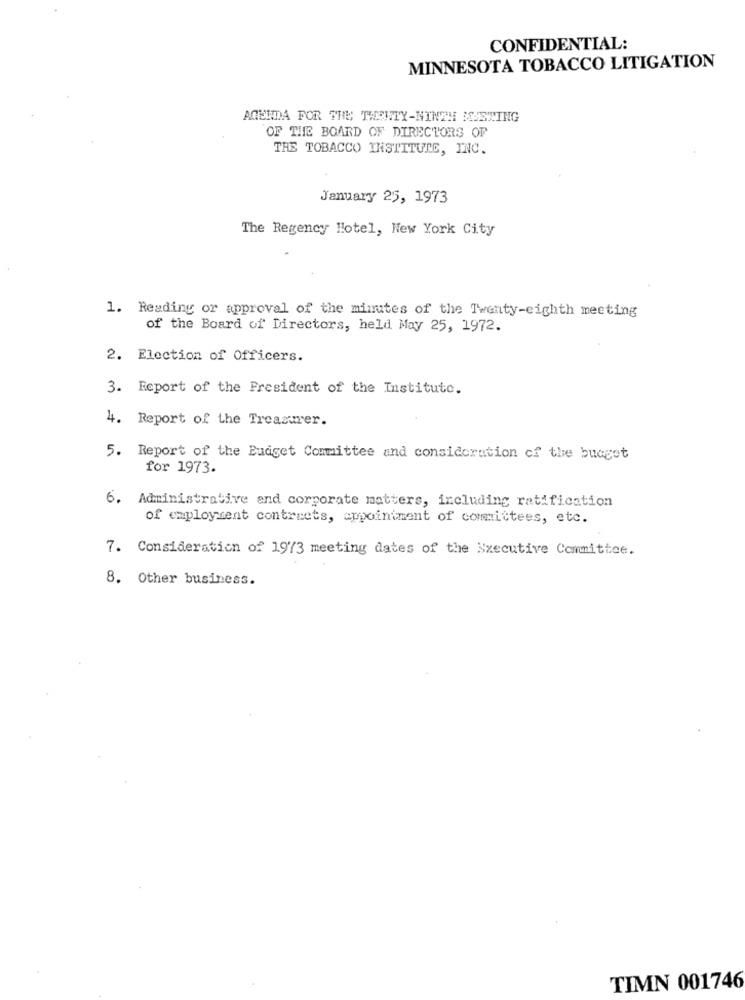
CONFIDENTIAL:
MINNESOTA TOBACCO LITIGATION
AGENDA FOR THE THEUTY-NINTH MEETING
OF THE BOARD OF DIRECTORS OF
THE TOBACCO INSTITUTE, INC.
January 25, 1973
The Regency Hotel, New York City
1. Reading or approval of the minutes of the Twenty-eighth meeting
of the Board of Directors, held May 25, 1972.
2. Election of Officers.
3. Report of the President of the Institute.
4. Report of the Treasurer.
5. Report of the Budget Committee and consideration of the budget
for 1973.
6. Administrative and corporate matters, including ratification
of employment contracts, appointment of committees, etc.
7. Consideration of 1973 meeting dates of the Executive Committee.
8. Other business.
TIMN 001746